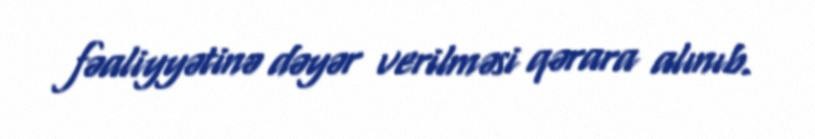
fəaliyyətinə dəyər verilməsi qərara alınıb.